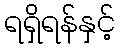
ရရှိရန်နှင့်